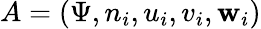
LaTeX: A=(\Psi,n_{i},u_{i},v_{i},\mathbf{w}_{i})